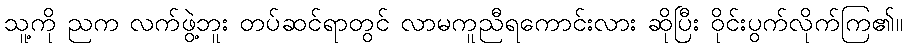
သူ့ကို ညက လက်ဖွဲ့ဘူး တပ်ဆင်ရာတွင် လာမကူညီရကောင်းလား ဆိုပြီး ဝိုင်းပွက်လိုက်ကြ၏။